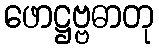
ဖောဋ္ဌဗ္ဗဓာတု